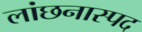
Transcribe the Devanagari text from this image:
लांछनास्‍पद